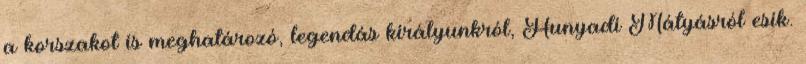
a korszakot is meghatározó, legendás királyunkról, Hunyadi Mátyásról esik.